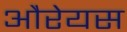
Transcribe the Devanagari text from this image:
औरेयस